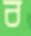
ব